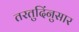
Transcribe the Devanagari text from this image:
तरतुदिंनुसार